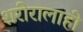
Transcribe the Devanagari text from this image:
शरीरालाही